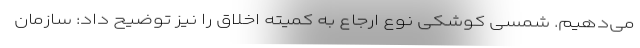
می‌دهیم. شمسی کوشکی نوع ارجاع به کمیته اخلاق را نیز توضیح داد:‌ سازمان